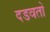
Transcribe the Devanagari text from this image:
दडवतो